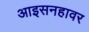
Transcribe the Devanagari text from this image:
आइसनहावर